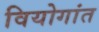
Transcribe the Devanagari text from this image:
वियोगांत